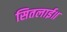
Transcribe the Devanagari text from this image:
सितलाई॥